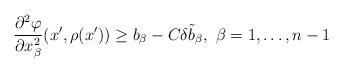
LaTeX: \begin{align*}\frac{\partial^2 \varphi}{\partial x_\beta^2} (x', \rho (x')) \geq b_\beta - C \delta \tilde{b}_\beta, \ \beta = 1, \ldots, n-1\end{align*}